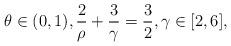
LaTeX: \begin{align*}\theta \in (0,1), \frac{2}{\rho}+\frac{3}{\gamma}=\frac{3}{2}, \gamma \in [2,6],\end{align*}